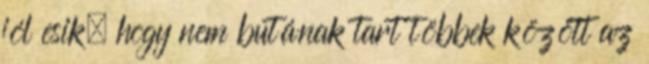
jól esik, hogy nem butának tart többek között az